Leaving Certificate, 1898
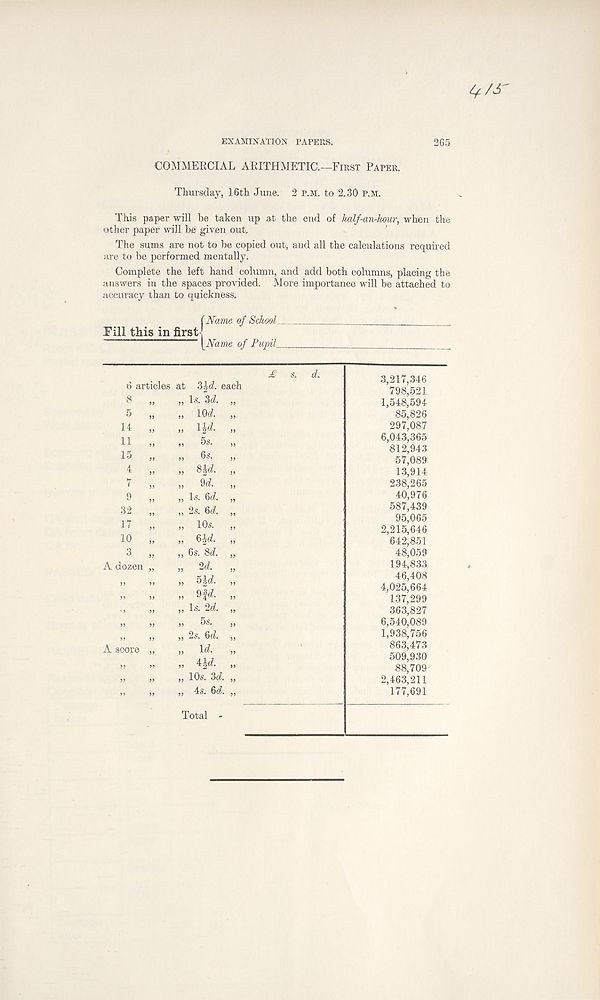
EXAMINATION PAPERS.
265
Lf/£
COMMERCIAL ARITHMETIC.—First Paper.
Thursday, 16th June. 2 p.m. to 2.30 P.M.
This paper will he taken up at the end of half-an-hmr, when the
other paper will be given out.
The sums are not to be copied out, and all the calculations required
are to be performed mentally.
Complete the left hand column, and add both columns, placing the
answers in the spaces provided. More importance will be attached to
accuracy than to quickness.
Pill this in first
(Name of Schools
[Name of Pujpil _